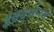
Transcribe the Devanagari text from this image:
इंद्रवर्मनने